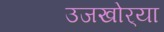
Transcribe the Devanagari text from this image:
उजखोर्‍या